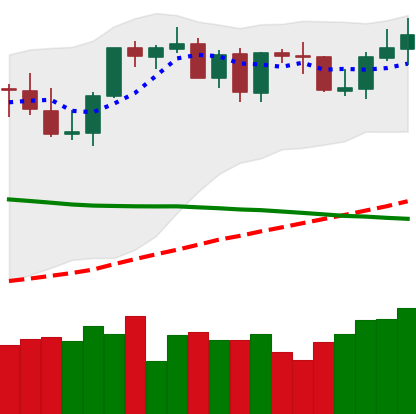
Ticker: BTC-USD
Chart end date: 2021-09-03
Forward return: -7.864%
Label: down_7plus